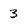
Character: 3